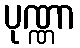
ပုဏ္ဏာ